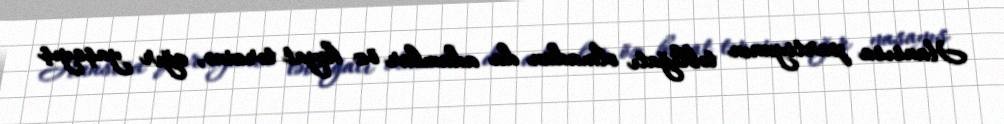
Hansısa partiyanın təbliğatı olmadan da adamlar öz həyat tərzinə, ağır yaşayış